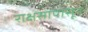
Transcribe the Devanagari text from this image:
राक्षसापासून